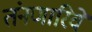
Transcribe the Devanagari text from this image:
तंनणारिवे